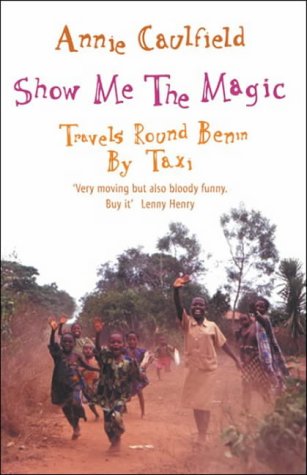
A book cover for Show Me the Magic: Travels Round Benin by Taxi; Annie Caulfield; Travel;